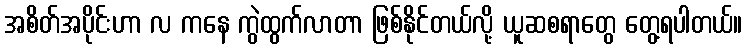
အစိတ်အပိုင်းဟာ လ ကနေ ကွဲထွက်လာတာ ဖြစ်နိုင်တယ်လို့ ယူဆစရာတွေ တွေ့ရပါတယ်။